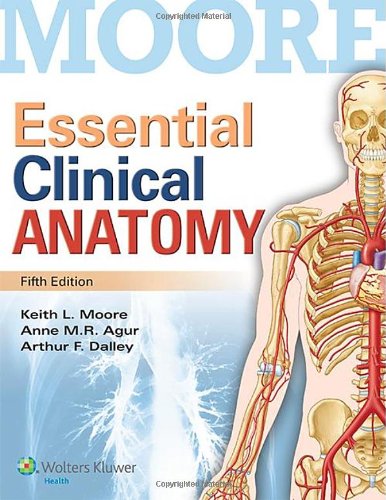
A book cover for Essential Clinical Anatomy; Dr. Keith L. Moore MSc PhD FIAC FRSM FAAA; Medical Books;